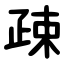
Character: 疎